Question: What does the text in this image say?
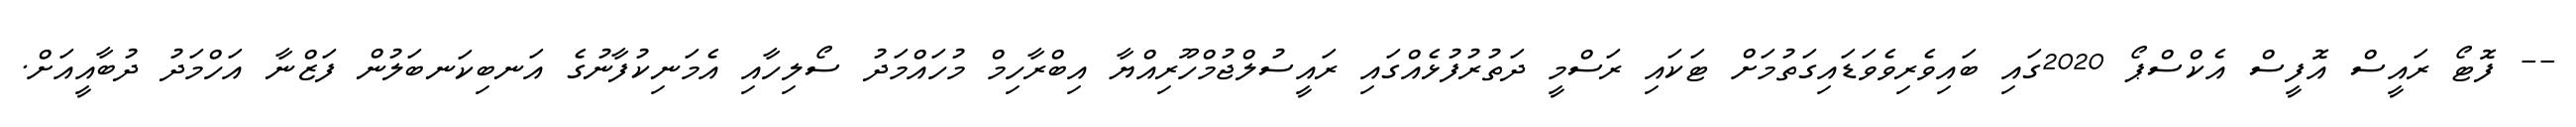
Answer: -- ފޮޓޯ ރައީސް އޮފީސް އެކްސްޕޯ 2020ގައި ބައިވެރިވެވަޑައިގަތުމަށް ޓަކައި ރަސްމީ ދަތުރުފުޅެއްގައި ރައީސުލްޖުމްހޫރިއްޔާ އިބްރާހިމް މުހައްމަދު ސޯލިހާއި އެމަނިކުފާނުގެ އަނބިކަނބަލުން ފަޒްނާ އަހްމަދު ދުބާއީއަށް.